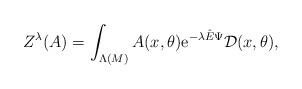
LaTeX: \begin{align*} Z^{\lambda}(A)=\int_{\Lambda(M)}A(x,\theta){\rm e}^{-\lambda{\hat E}\Psi}{\cal D}(x,\theta),\end{align*}